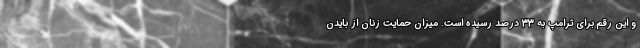
و این رقم برای ترامپ به 33 درصد رسیده است. میزان حمایت زنان از بایدن